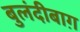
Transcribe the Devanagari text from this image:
बुलंदीबाग़